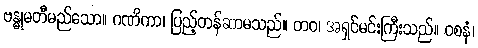
ဗန္ဓုမတီမည်သော။ ဂဏိကာ၊ ပြည့်တန်ဆာမသည်။ တဝ၊ အရှင်မင်းကြီးသည်။ ဝစနံ၊